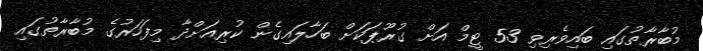
މުބާރާތުގައި ބައިވެރިވި 53 ޓީމް އަށް ގުރޫޕަކަށް ބަހާލައިގެން ކުރިއަށްދާ މިފަހަރުގެ މުބާރާތުގައި